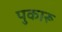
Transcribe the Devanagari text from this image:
पुकारू